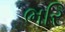
ભરિ